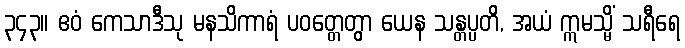
၃၄၃။ ဧဝံ ကေသာဒီသု မနသိကာရံ ပဝတ္တေတွာ ယေန သန္တပ္ပတိ, အယံ ဣမသ္မိံ သရီရေ